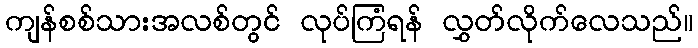
ကျန်စစ်သားအလစ်တွင် လုပ်ကြံရန် လွှတ်လိုက်လေသည်။